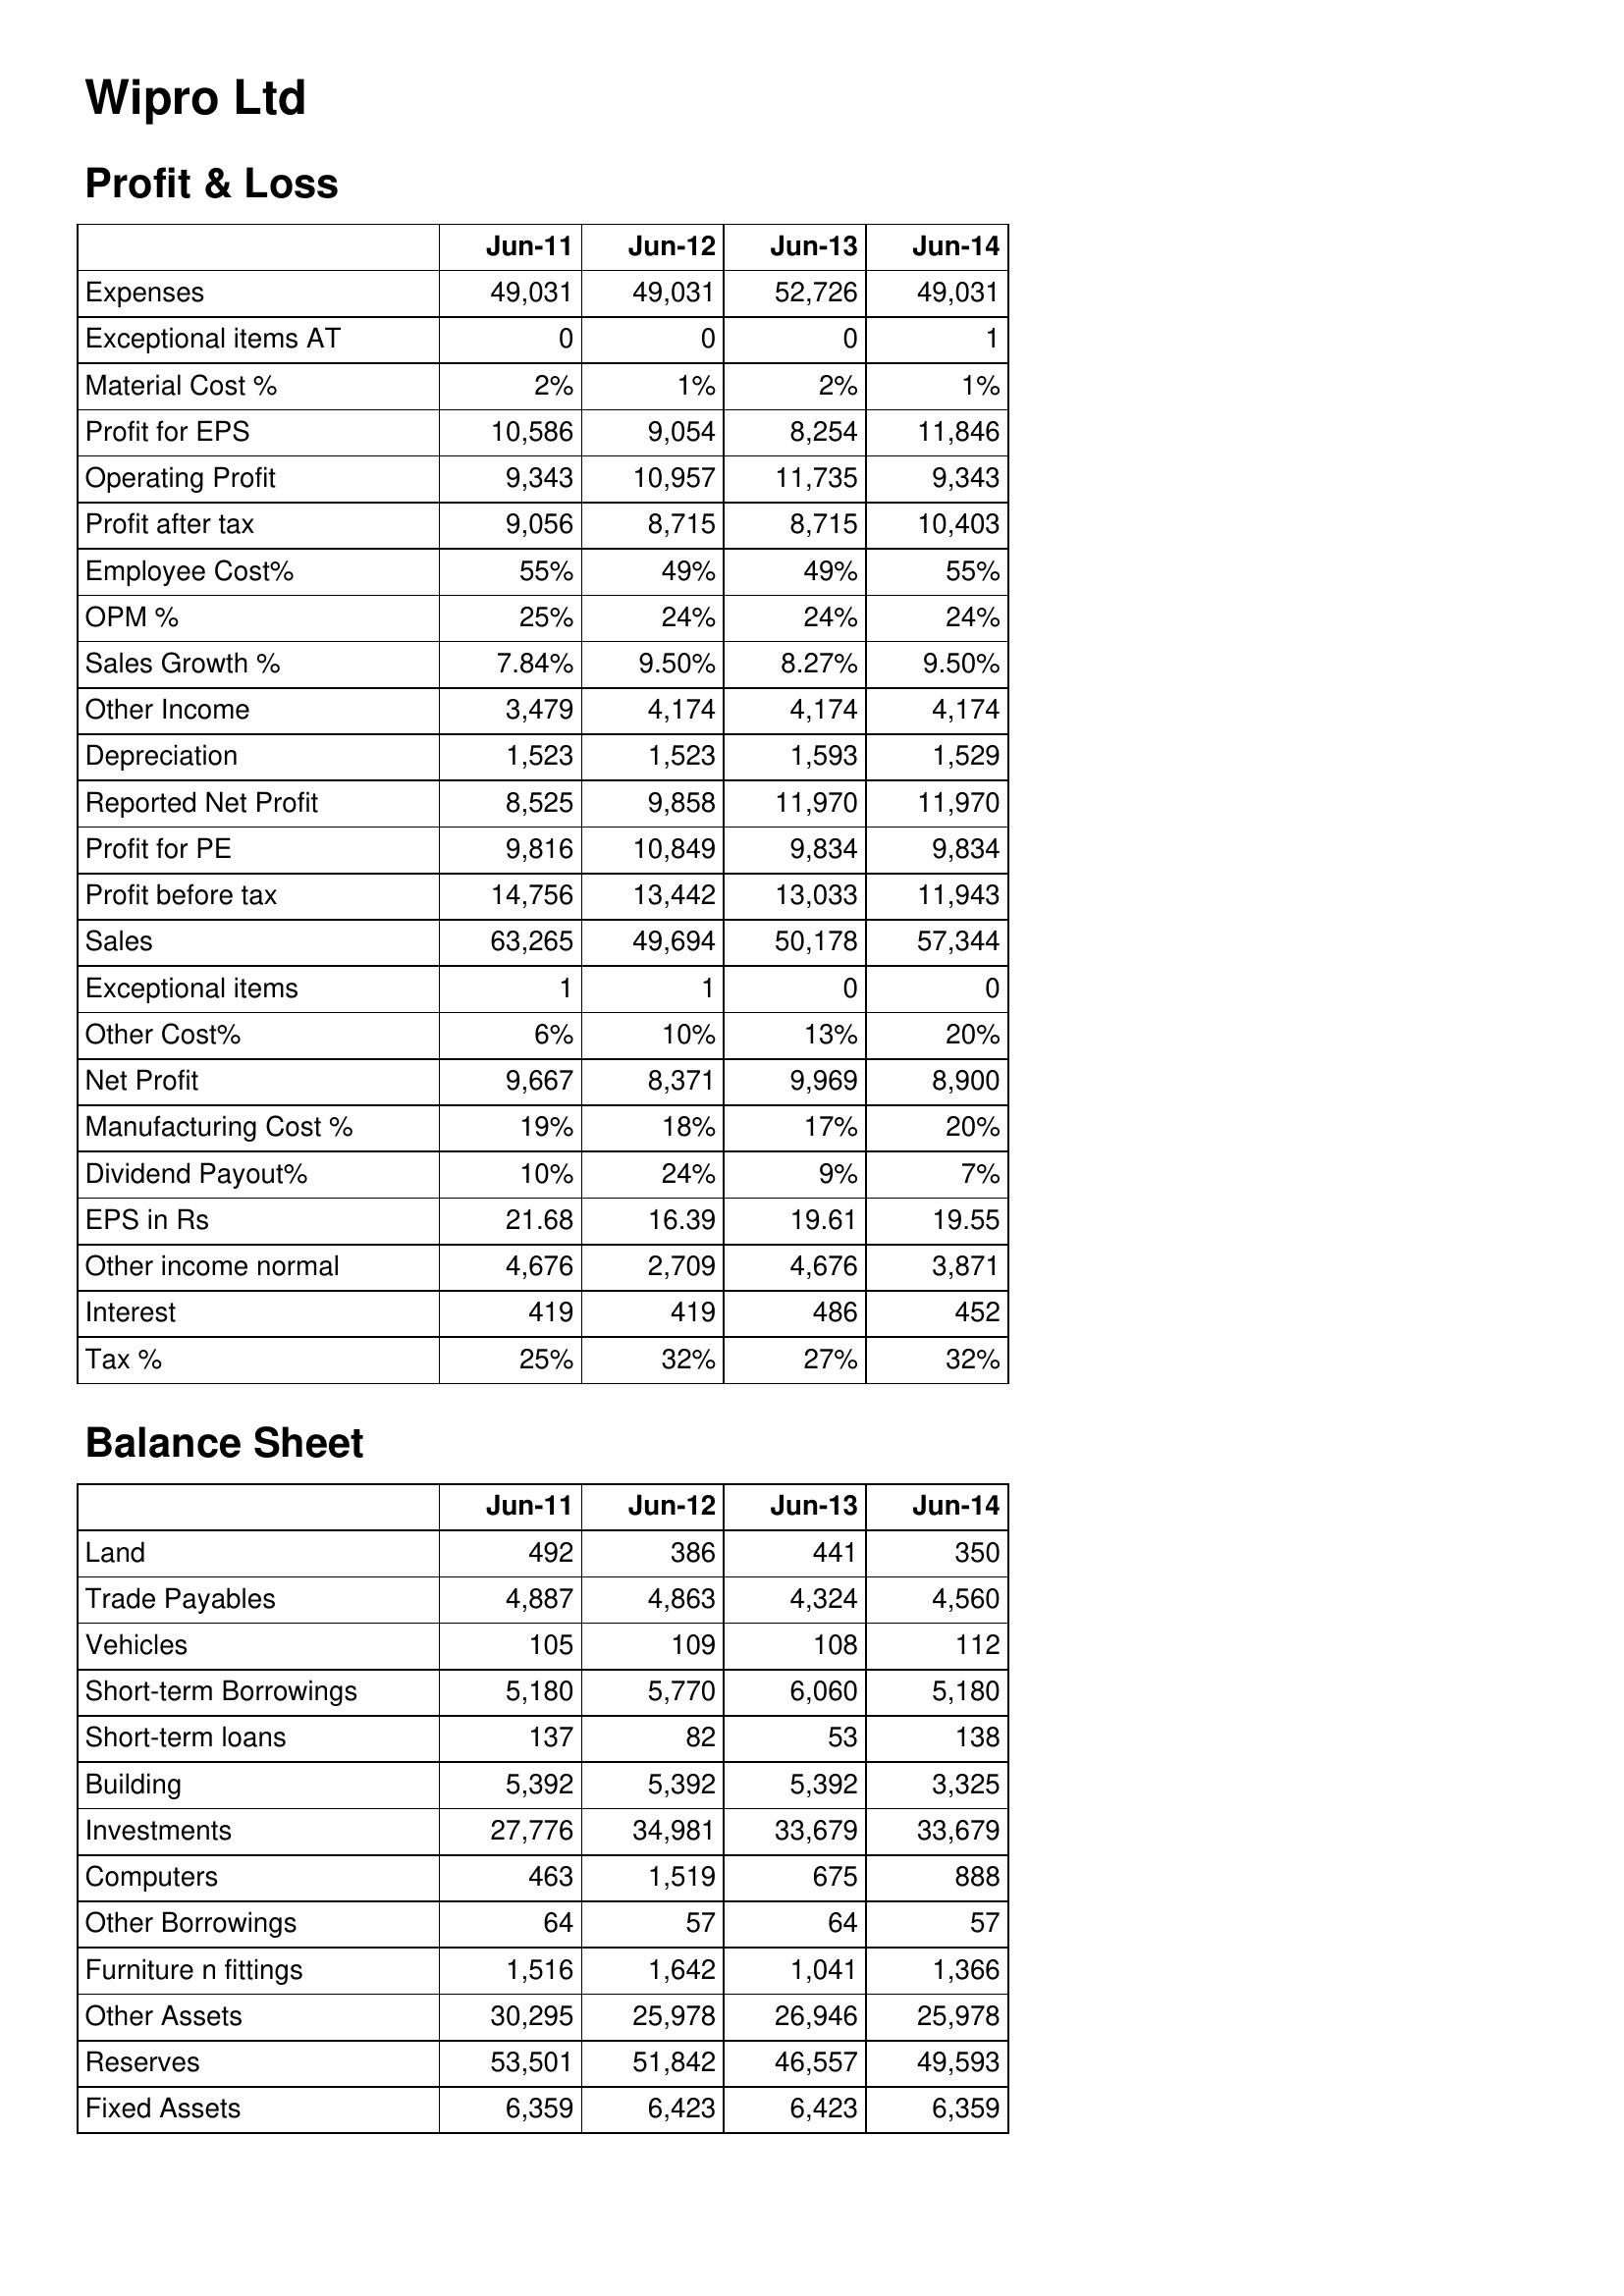
Jun-11: Profit & Loss: Expenses: 49,031
Exceptional items AT: 0
Material Cost %: 2%
Profit for EPS: 10,586
Operating Profit: 9,343
Profit after tax: 9,056
Employee Cost%: 55%
OPM %: 25%
Sales Growth %: 7.84%
Other Income: 3,479
Depreciation: 1,523
Reported Net Profit: 8,525
Profit for PE: 9,816
Profit before tax: 14,756
Sales: 63,265
Exceptional items: 1
Other Cost%: 6%
Net Profit: 9,667
Manufacturing Cost %: 19%
Dividend Payout%: 10%
EPS in Rs: 21.68
Other income normal: 4,676
Interest: 419
Tax %: 25%
Balance Sheet: Land: 492
Trade Payables: 4,887
Vehicles: 105
Short-term Borrowings: 5,180
Short-term loans: 137
Building: 5,392
Investments: 27,776
Computers: 463
Other Borrowings: 64
Furniture n fittings: 1,516
Other Assets: 30,295
Reserves: 53,501
Fixed Assets: 6,359
Jun-12: Profit & Loss: Expenses: 49,031
Exceptional items AT: 0
Material Cost %: 1%
Profit for EPS: 9,054
Operating Profit: 10,957
Profit after tax: 8,715
Employee Cost%: 49%
OPM %: 24%
Sales Growth %: 9.50%
Other Income: 4,174
Depreciation: 1,523
Reported Net Profit: 9,858
Profit for PE: 10,849
Profit before tax: 13,442
Sales: 49,694
Exceptional items: 1
Other Cost%: 10%
Net Profit: 8,371
Manufacturing Cost %: 18%
Dividend Payout%: 24%
EPS in Rs: 16.39
Other income normal: 2,709
Interest: 419
Tax %: 32%
Balance Sheet: Land: 386
Trade Payables: 4,863
Vehicles: 109
Short-term Borrowings: 5,770
Short-term loans: 82
Building: 5,392
Investments: 34,981
Computers: 1,519
Other Borrowings: 57
Furniture n fittings: 1,642
Other Assets: 25,978
Reserves: 51,842
Fixed Assets: 6,423
Jun-13: Profit & Loss: Expenses: 52,726
Exceptional items AT: 0
Material Cost %: 2%
Profit for EPS: 8,254
Operating Profit: 11,735
Profit after tax: 8,715
Employee Cost%: 49%
OPM %: 24%
Sales Growth %: 8.27%
Other Income: 4,174
Depreciation: 1,593
Reported Net Profit: 11,970
Profit for PE: 9,834
Profit before tax: 13,033
Sales: 50,178
Exceptional items: 0
Other Cost%: 13%
Net Profit: 9,969
Manufacturing Cost %: 17%
Dividend Payout%: 9%
EPS in Rs: 19.61
Other income normal: 4,676
Interest: 486
Tax %: 27%
Balance Sheet: Land: 441
Trade Payables: 4,324
Vehicles: 108
Short-term Borrowings: 6,060
Short-term loans: 53
Building: 5,392
Investments: 33,679
Computers: 675
Other Borrowings: 64
Furniture n fittings: 1,041
Other Assets: 26,946
Reserves: 46,557
Fixed Assets: 6,423
Jun-14: Profit & Loss: Expenses: 49,031
Exceptional items AT: 1
Material Cost %: 1%
Profit for EPS: 11,846
Operating Profit: 9,343
Profit after tax: 10,403
Employee Cost%: 55%
OPM %: 24%
Sales Growth %: 9.50%
Other Income: 4,174
Depreciation: 1,529
Reported Net Profit: 11,970
Profit for PE: 9,834
Profit before tax: 11,943
Sales: 57,344
Exceptional items: 0
Other Cost%: 20%
Net Profit: 8,900
Manufacturing Cost %: 20%
Dividend Payout%: 7%
EPS in Rs: 19.55
Other income normal: 3,871
Interest: 452
Tax %: 32%
Balance Sheet: Land: 350
Trade Payables: 4,560
Vehicles: 112
Short-term Borrowings: 5,180
Short-term loans: 138
Building: 3,325
Investments: 33,679
Computers: 888
Other Borrowings: 57
Furniture n fittings: 1,366
Other Assets: 25,978
Reserves: 49,593
Fixed Assets: 6,359